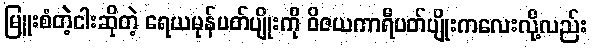
မြူးစံတဲ့ငါးဆိုတဲ့ ရေယမုန်ပတ်ပျိုးကို ဝိဇယကာရီပတ်ပျိုးကလေးလို့လည်း